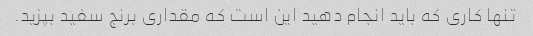
تنها کاری که باید انجام دهید این است که مقداری برنج سفید بپزید.